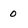
Character: 0